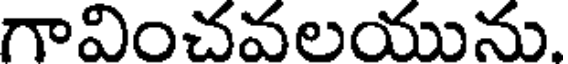
గావించవలయును.